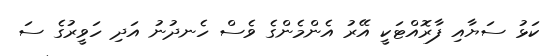
ކަޅު ސަޔާއި ފާރޮއްޓަކީ އޭރު އެންމެންގެ ވެސް ހެނދުނު އަދި ހަވީރުގެ ސަ